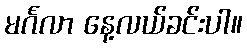
မင်္ဂလာ နေ့လယ်ခင်းပါ။